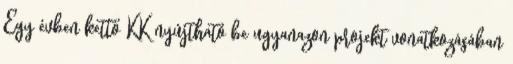
Egy évben kettő KK nyújtható be ugyanazon projekt vonatkozásában